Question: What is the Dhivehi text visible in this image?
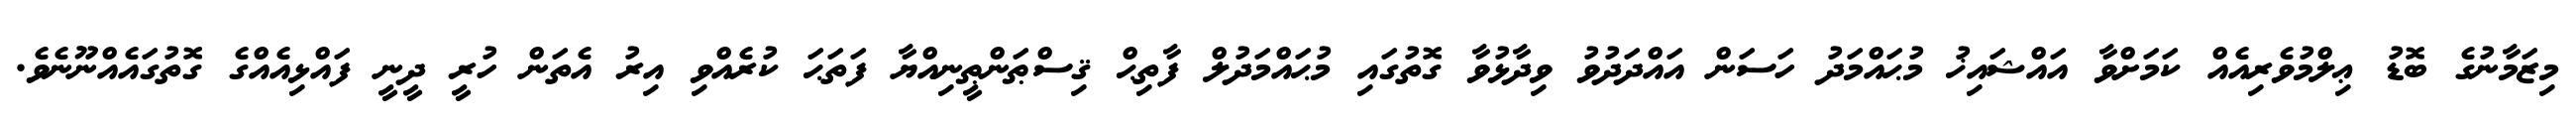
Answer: މިޒަމާނުގެ ބޮޑު ޢިލްމުވެރިއެއް ކަމަށްވާ އައްޝައިޚު މުޙައްމަދު ހަސަން އައްދަދުވު ވިދާޅުވާ ގޮތުގައި މުޙައްމަދުލް ފާތިޙް ޤިސްޠަންޠީނިއްޔާ ފަތަޙަ ކުރެއްވި އިރު އެތަން ހުރީ ދީނީ ފައްޅިއެއްގެ ގޮތުގައެއްނޫނެވެ.